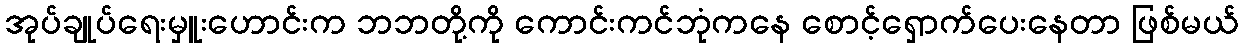
အုပ်ချုပ်ရေးမှူးဟောင်းက ဘဘတို့ကို ကောင်းကင်ဘုံကနေ စောင့်ရှောက်ပေးနေတာ ဖြစ်မယ်